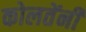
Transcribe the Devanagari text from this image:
कोलतेंनी